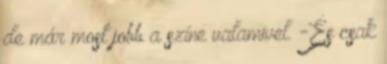
de már most jobb a színe valamivel. -És csak